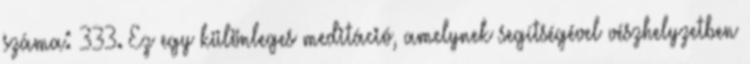
száma: 333. Ez egy különleges meditáció, amelynek segítségével vészhelyzetben